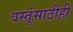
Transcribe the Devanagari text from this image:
वस्तूंसाठीही